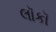
લૉકૉ